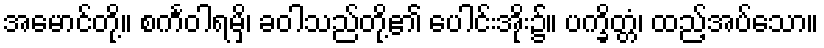
အမောင်တို့။ စင်္ကဝါရမှိ၊ ခဝါသည်တို့၏ ပေါင်းအိုး၌။ ပက္ခိတ္တံ၊ ထည့်အပ်သော။